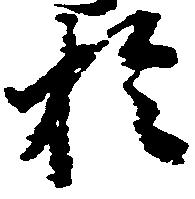
於